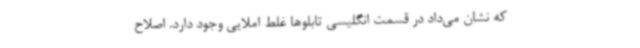
که نشان می‌داد در قسمت انگلیسی تابلوها غلط املایی وجود دارد. اصلاح